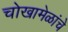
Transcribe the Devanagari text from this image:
चोखामेळांचे